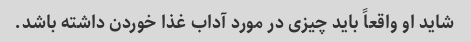
شاید او واقعاً باید چیزی در مورد آداب غذا خوردن داشته باشد.